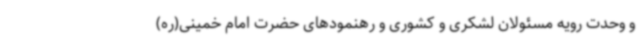
و وحدت رویه مسئولان لشکری و کشوری و رهنمودهای حضرت امام خمینی(ره)